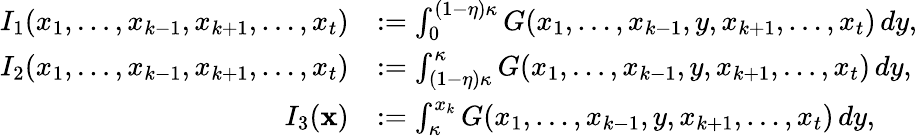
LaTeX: \begin{array}{rl}{I_{1}(x_{1},\dots,x_{k-1},x_{k+1},\dots,x_{t})}&{:=\int_{0}^{(1-\eta)\kappa}G(x_{1},\ldots,x_{k-1},y,x_{k+1},\ldots,x_{t})\, dy,}\\ {I_{2}(x_{1},\dots,x_{k-1},x_{k+1},\dots,x_{t})}&{:=\int_{(1-\eta)\kappa}^{\kappa}G(x_{1},\ldots,x_{k-1},y,x_{k+1},\ldots,x_{t})\, dy,}\\ {I_{3}(\mathbf{x})}&{:=\int_{\kappa}^{x_{k}}G(x_{1},\ldots,x_{k-1},y,x_{k+1},\ldots,x_{t})\, dy,}\end{array}